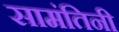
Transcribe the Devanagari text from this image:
सामंतिनी